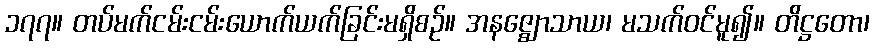
၁၇၇။ တပ်မက်ငမ်းငမ်းယောက်ယက်ခြင်းမရှိစဉ်။ အနဇ္ဈောသာယ၊ မသက်ဝင်မူ၍။ တိဋ္ဌတော၊